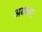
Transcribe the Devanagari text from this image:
अनन्तरः